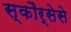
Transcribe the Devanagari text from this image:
स्कौर्सेसे